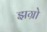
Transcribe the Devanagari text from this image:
झग्रो